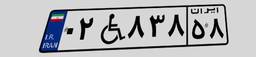
۸۸W۴۴۷۲۳